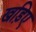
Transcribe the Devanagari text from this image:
खड़िए